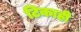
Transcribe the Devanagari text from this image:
टिकाही